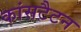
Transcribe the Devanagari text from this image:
कांसटैटन